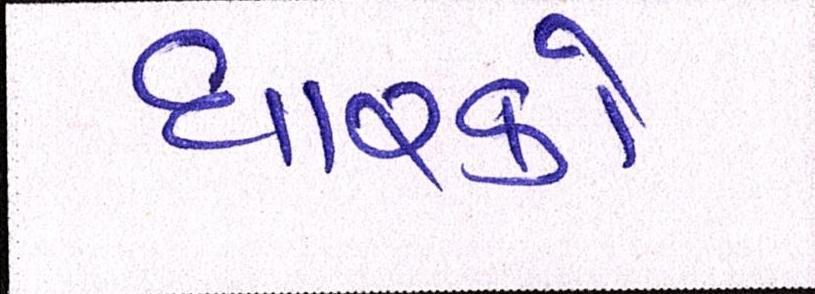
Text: ધારકો